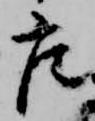
座